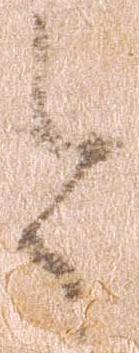
令